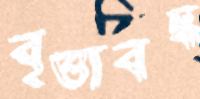
বৃত্তাবদ্ধ